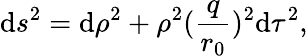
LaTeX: \mathrm{d}s^{2}=\mathrm{d}\rho^{2}+\rho^{2}(\frac{{q}}{{r_{0}}})^{2}\mathrm{d}\tau^{2},